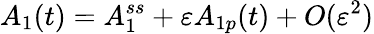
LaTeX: A_{1}(t)=A_{1}^{ss}+\varepsilon A_{1p}(t)+O(\varepsilon^{2})